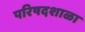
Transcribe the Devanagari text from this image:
परिषदशाळा